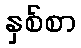
နှစ်စာ